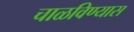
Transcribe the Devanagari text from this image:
चाळविण्यास